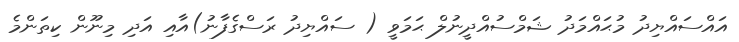
އައްސައްޔިދު މުޙައްމަދު ޝަމްސުއްދީނުލް ޙަމަވީ ( ސައްޔިދު ރަސްގެފާނު)އާއި އަދި މިނޫން ކިތަންމެ